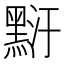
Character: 䵦